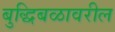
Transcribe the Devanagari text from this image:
बुद्धिबळावरील